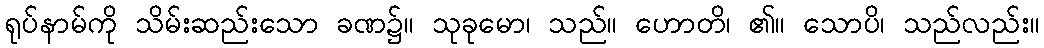
ရုပ်နာမ်ကို သိမ်းဆည်းသော ခဏ၌။ သုခုမော၊ သည်။ ဟောတိ၊ ၏။ သောပိ၊ သည်လည်း။